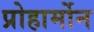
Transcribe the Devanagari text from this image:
प्रोहार्मोन